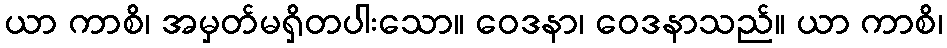
ယာ ကာစိ၊ အမှတ်မရှိတပါးသော။ ဝေဒနာ၊ ဝေဒနာသည်။ ယာ ကာစိ၊